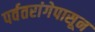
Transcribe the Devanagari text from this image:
पर्वतरांगेपासून